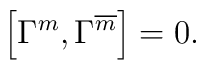
\left[ \Gamma ^{m},\Gamma ^{\overline{m}}\right] =0\mbox{.}